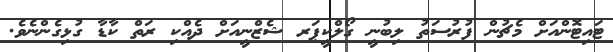
ޓައިޓޮންއަށް މެޗުން ފުރުސަތު ލިބުނީ ގޯލްކީޕަރ ޝެޒްނީއަށް ދެއްކި ރަތް ކާޑާ ގުޅިގެންނެވެ.